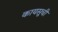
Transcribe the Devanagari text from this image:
कायसूची